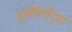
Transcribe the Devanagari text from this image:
इन्वैरिएँट्स